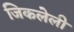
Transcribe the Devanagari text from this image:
जिकलेली